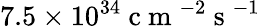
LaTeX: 7.5\times 10^{34}\mathrm{~c~m~}^{-2}\mathrm{~s~}^{-1}